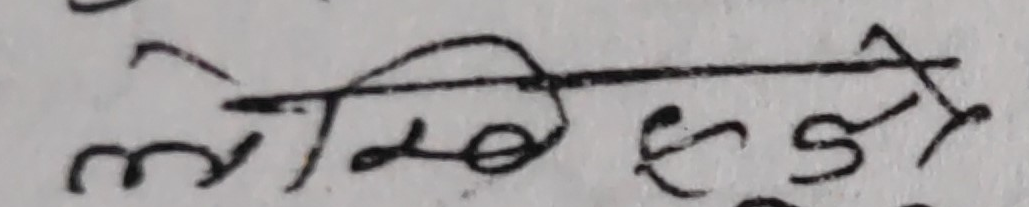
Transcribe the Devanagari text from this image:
लेखि सुझी